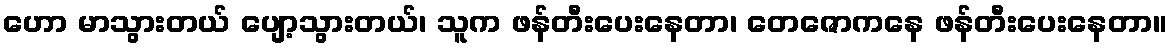
ဟော မာသွားတယ် ပျော့သွားတယ်၊ သူက ဖန်တီးပေးနေတာ၊ တေဇောကနေ ဖန်တီးပေးနေတာ။